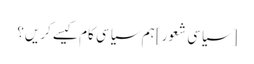
[سیاسی شعور] ہم سیاسی کام کیسے کریں؟